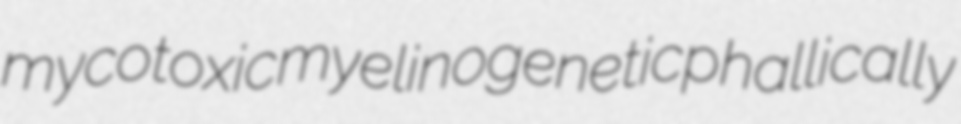
mycotoxic myelinogenetic phallically